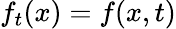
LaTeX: f_{t}(x)=f(x,t)